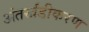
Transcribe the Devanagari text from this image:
अंतर्खंडीकरण